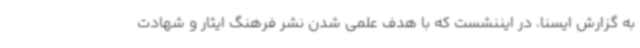
به گزارش ایسنا، در ایننشست که با هدف علمی شدن نشر فرهنگ ایثار و شهادت